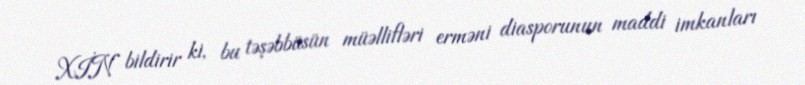
XİN bildirir ki, bu təşəbbüsün müəllifləri erməni diasporunun maddi imkanları